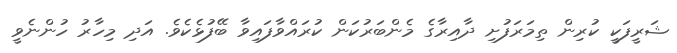
ޝަރީފަކީ ކުރިން ތިމަރަފުށި ދާއިރާގެ މެންބަރުކަން ކުރައްވާފައިވާ ބޭފުޅެކެވެ. އަދި މިހާރު ހުންނެވީ